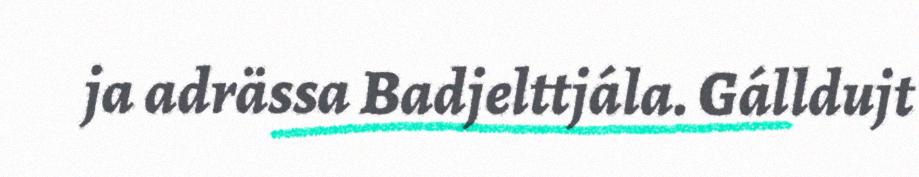
ja adrässa Badjelttjála. Gálldujt